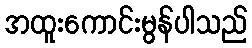
အထူးကောင်းမွန်ပါသည်